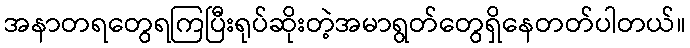
အနာတရတွေရကြပြီးရုပ်ဆိုးတဲ့အမာရွတ်တွေရှိနေတတ်ပါတယ်။